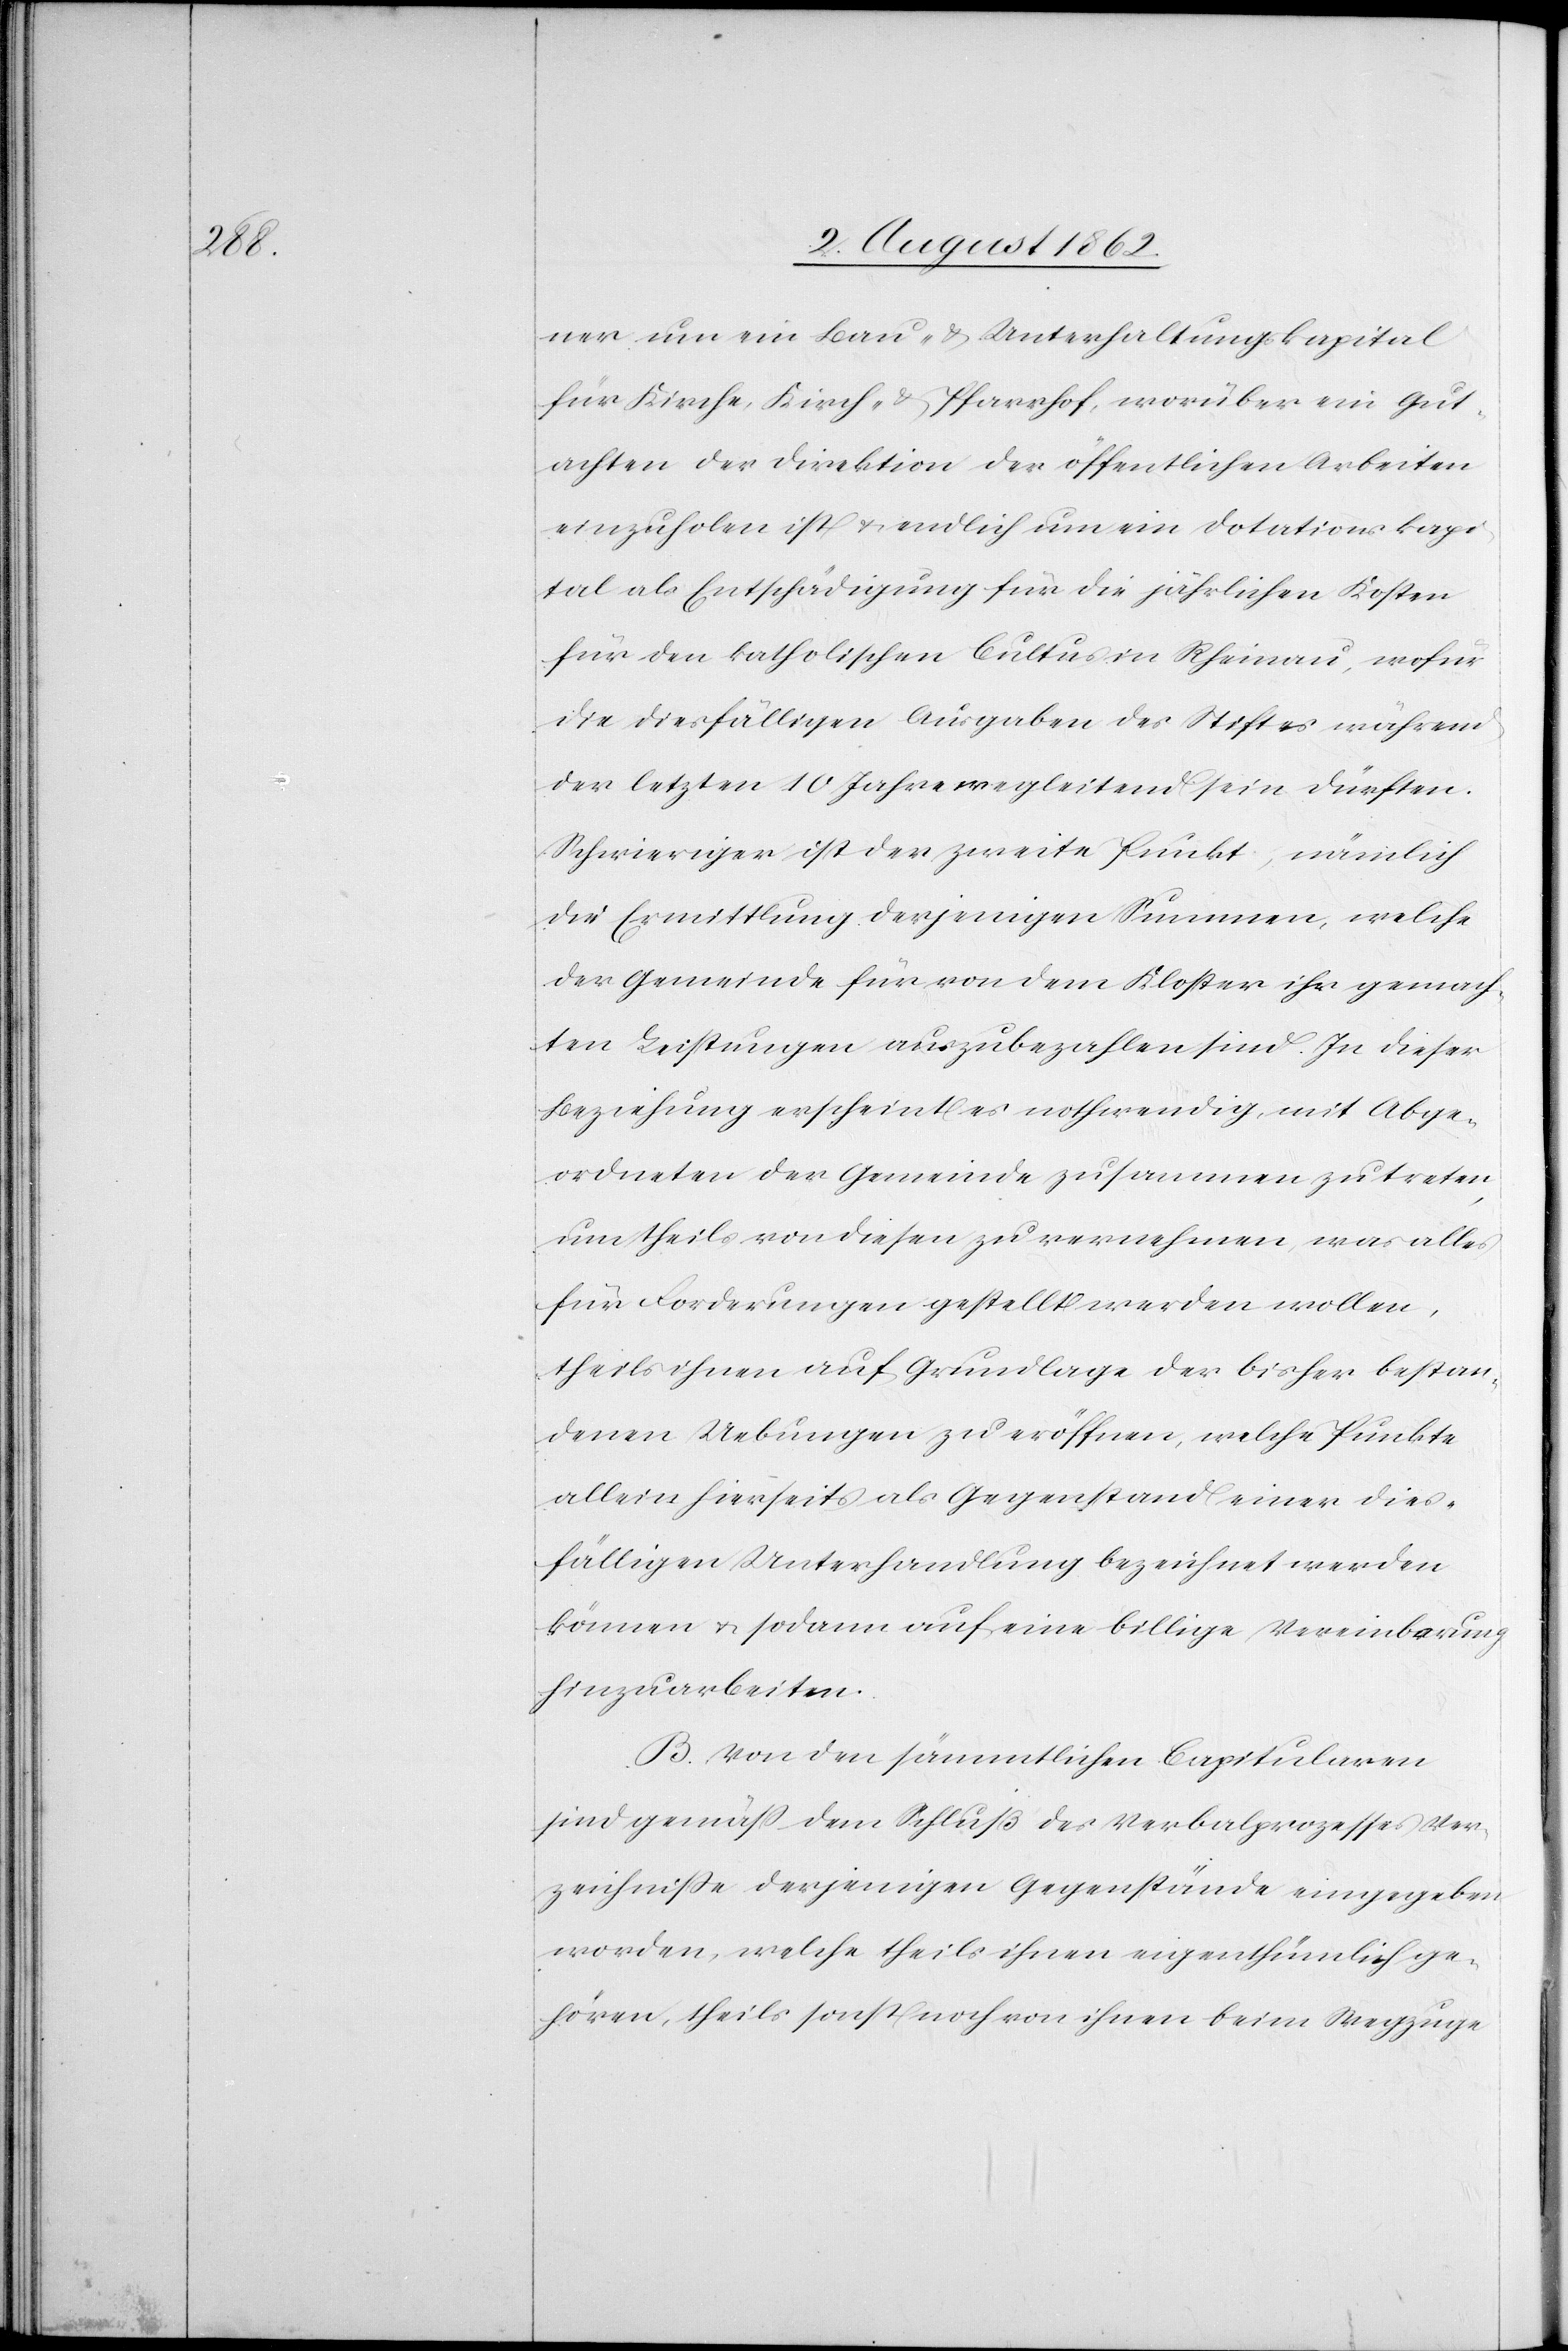
ner um ein Bau- u. Unterhaltungskapital
für Kirche, Kirch- u. Pfarrhof, worüber ein Gut¬
achten der Direktion der öffentlichen Arbeiten
einzuholen ist u. endlich um ein Dotationskapi¬
tal als Entschädigung für die jährlichen Kosten
für den katholischen Cultus in Rheinau, wofür
die diesfälligen Ausgaben des Stiftes während
der letzten 10 Jahre wegleitend sein dürften.
Schwieriger ist der zweite Punkt, nämlich
die Ermittlung derjenigen Summen, welche
der Gemeinde für von dem Kloster ihr gemach¬
ten Leistungen auszubezahlen sind. In dieser
Beziehung erscheint es nothwendig, mit Abge¬
ordneten der Gemeinden zusammen zu treten
um theils von diesen zu vernehmen, was alles
für Forderungen gestellt werden wollen,
theils ihnen auf Grundlage der bisher bestan¬
denen Uebungen zu eröffnen, welche Punkte
allein hierseits als Gegenstand einer dies¬
fälligen Unterhandlung bezeichnet werden
können u. sodann auf eine billige Vereinbarung
hinzuarbeiten.
B. Von den sämmtlichen Capitularen
sind gemäß dem Schluß des Verbalprozesses Ver¬
zeichniße derjenigen Gegenstände eingegeben
worden, welche theils ihnen eigenthümlich ge¬
hören, theils sonst noch von ihnen beim Wegzuge